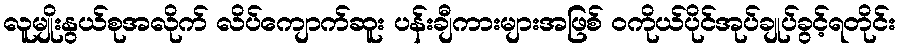
လူမျိုးနွယ်စုအလိုက် လိပ်ကျောက်ဆူး ပန်းချီကားများအဖြစ် ဝကိုယ်ပိုင်အုပ်ချုပ်ခွင့်ရတိုင်း